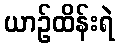
ယာဉ်ထိန်းရဲ